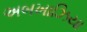
અબખાઝિયા